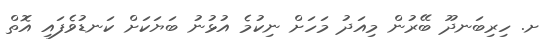
ށ. ހިރިބަނދޫ ބޭރުން މިއަދު މަހަށް ނިކުމެ އުޅުނު ބަޔަކަށް ކަނޑުވެފައި އޮތް